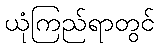
ယုံကြည်ရာတွင်